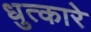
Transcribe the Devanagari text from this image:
धुत्कारे